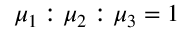
\mu _ { 1 } : \mu _ { 2 } : \mu _ { 3 } = 1